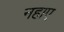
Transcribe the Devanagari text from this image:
नहाए